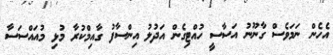
އެހެން ނަމަވެސް ގާނޫނު އަސާސީ ހުއްޓިގެން އަދުލު އިންސާފު ގާއިމްކުރާ މުޅި މުއައްސަސާ